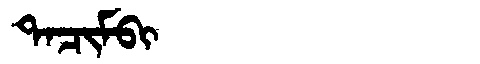
Manchu: ᡨᠠᠴᡳᠮᠪᡳ
Romanization: TACIMBI